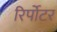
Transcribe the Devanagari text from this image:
रिर्पोटर